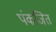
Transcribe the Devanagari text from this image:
पंकजित